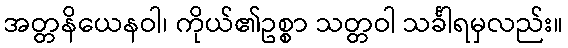
အတ္တနိယေနဝါ၊ ကိုယ်၏ဥစ္စာ သတ္တဝါ သင်္ခါရမှလည်း။